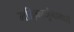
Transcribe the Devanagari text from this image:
मल्लिकार्जुनामध्ये